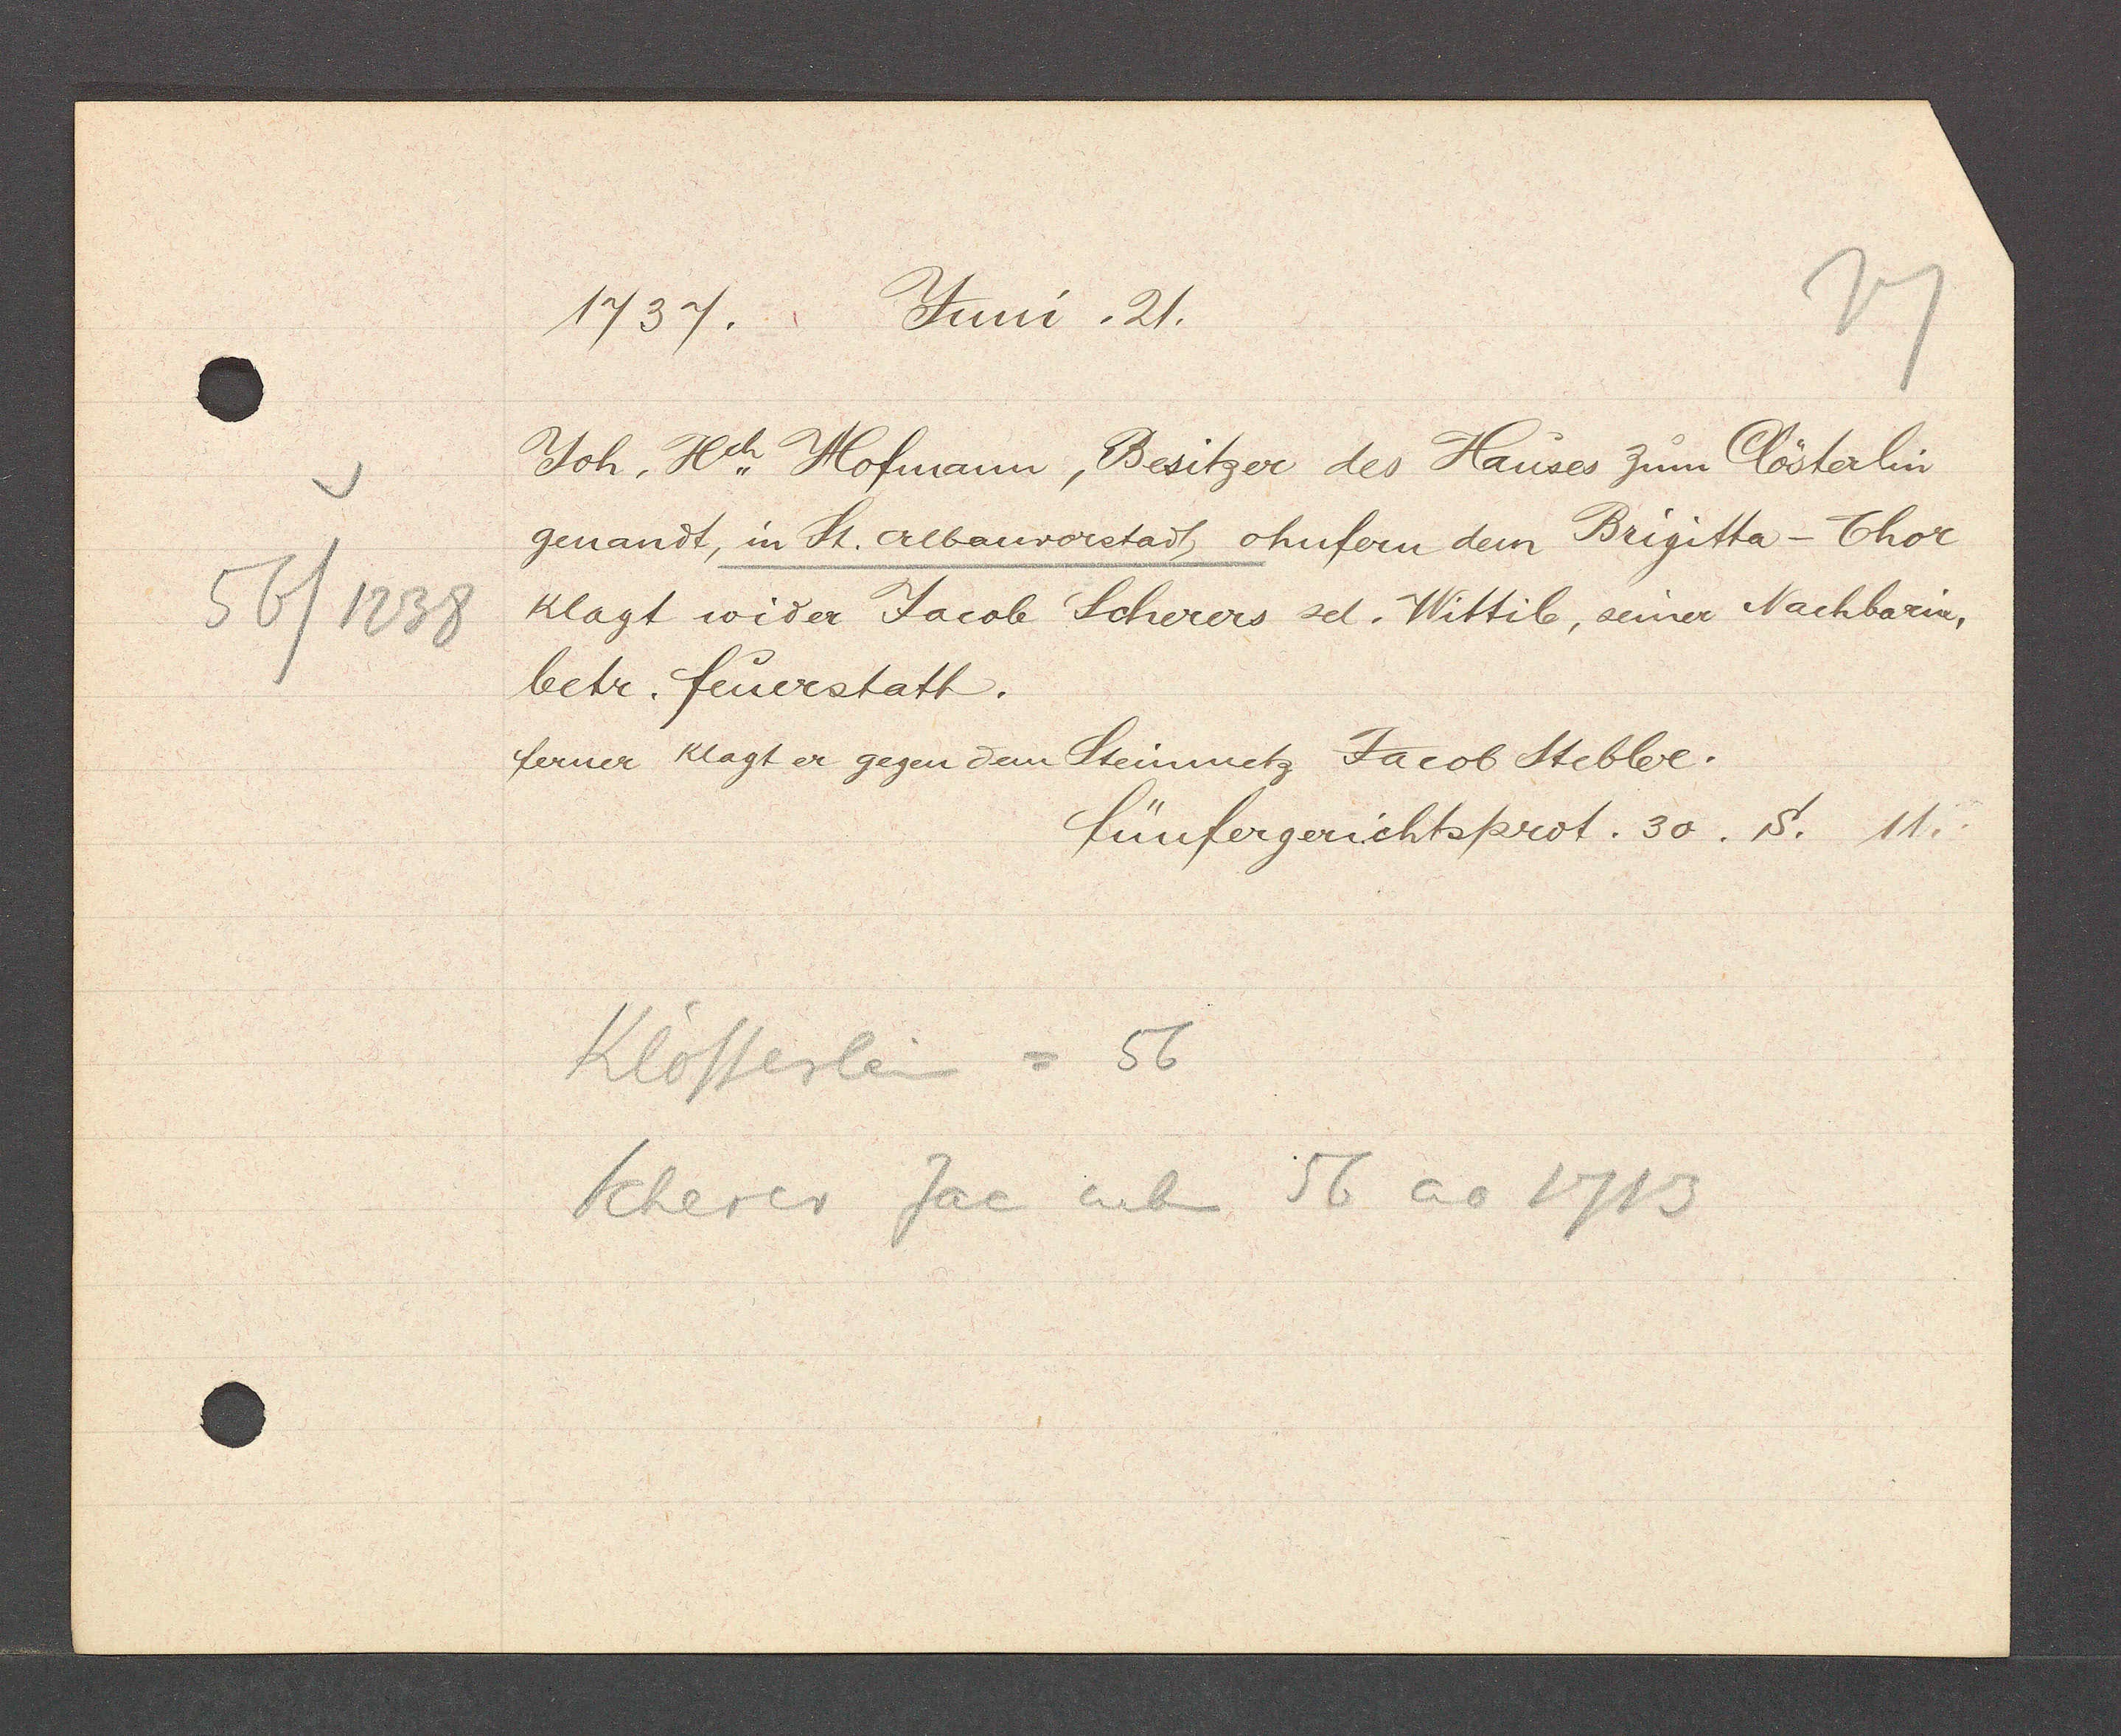
Transcript:
56/1238

Juni. 21.
1737.

Joh. Hch. Hofmann, Besitzer des Hauses zum Clösterlin
genandt, in St. Albanvorstadt, ohnfern dem Brigitta-Thor
klagt wider Jacob Scherers sel. Wittib, seiner Nachbarin,
betr. feuerstatt.
ferner klagt er gegen dem Steinmetz Jacob Stebler.

fünfergerichtsprot. 30. S. 11.

Klösterlein = 56
Scherer Jac neben 56 ao 1713